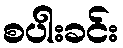
စပါးခင်း